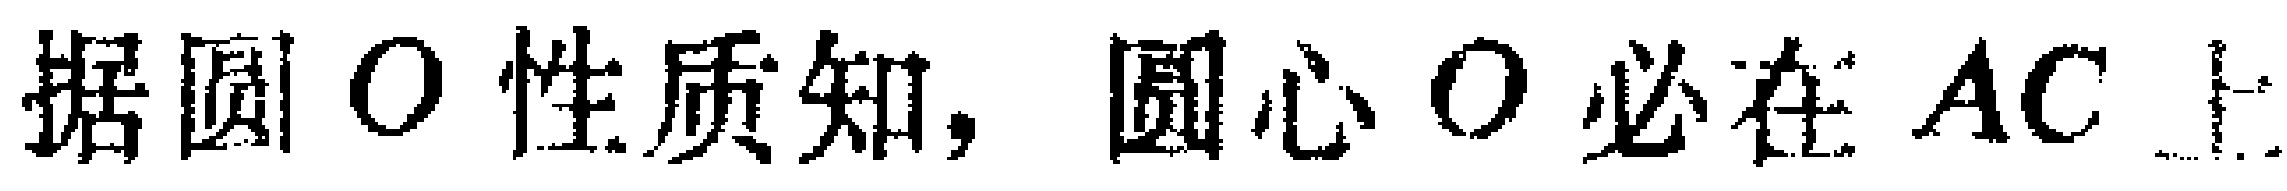
据圆\(O\)性质知，圆心\(O\)必在\(AC\)上